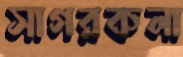
সাগরকলা